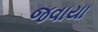
જવાયા